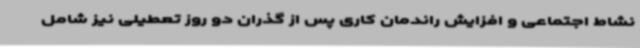
نشاط اجتماعی و افزایش راندمان کاری پس از گذران دو روز تعطیلی نیز شامل